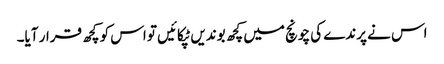
اس نے پرندے کی چونچ میں کچھ بوندیں ٹپکائیں تو اس کو کچھ قرار آیا۔